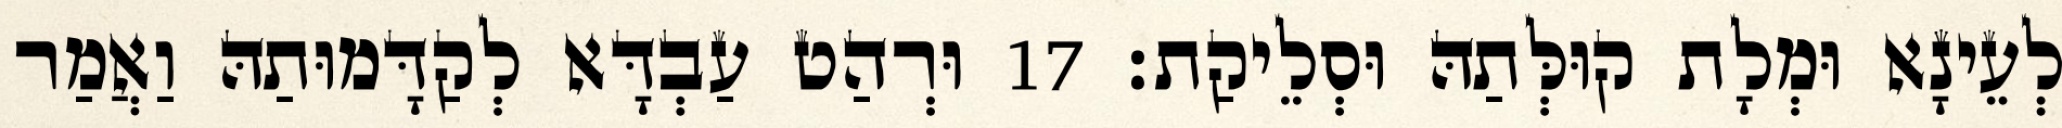
לְעֵינָא וּמְלָת קוּלְּתַהּ וּסְלֵיקַת׃ 17 וּרְהַט עַבְדָּא לְקַדָּמוּתַהּ וַאֲמַר